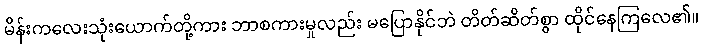
မိန်းကလေးသုံးယောက်တို့ကား ဘာစကားမှုလည်း မပြောနိုင်ဘဲ တိတ်ဆိတ်စွာ ထိုင်နေကြလေ၏။